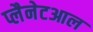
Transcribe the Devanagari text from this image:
प्लैनेटआल